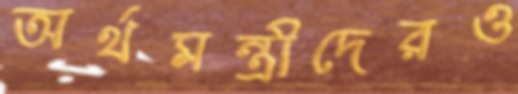
অর্থমন্ত্রীদেরও